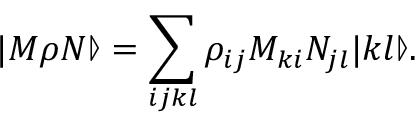
| M \rho N \rrangle = \sum _ { i j k l } \rho _ { i j } M _ { k i } N _ { j l } | k l \rrangle .